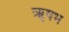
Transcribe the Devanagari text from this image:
ॠषभ